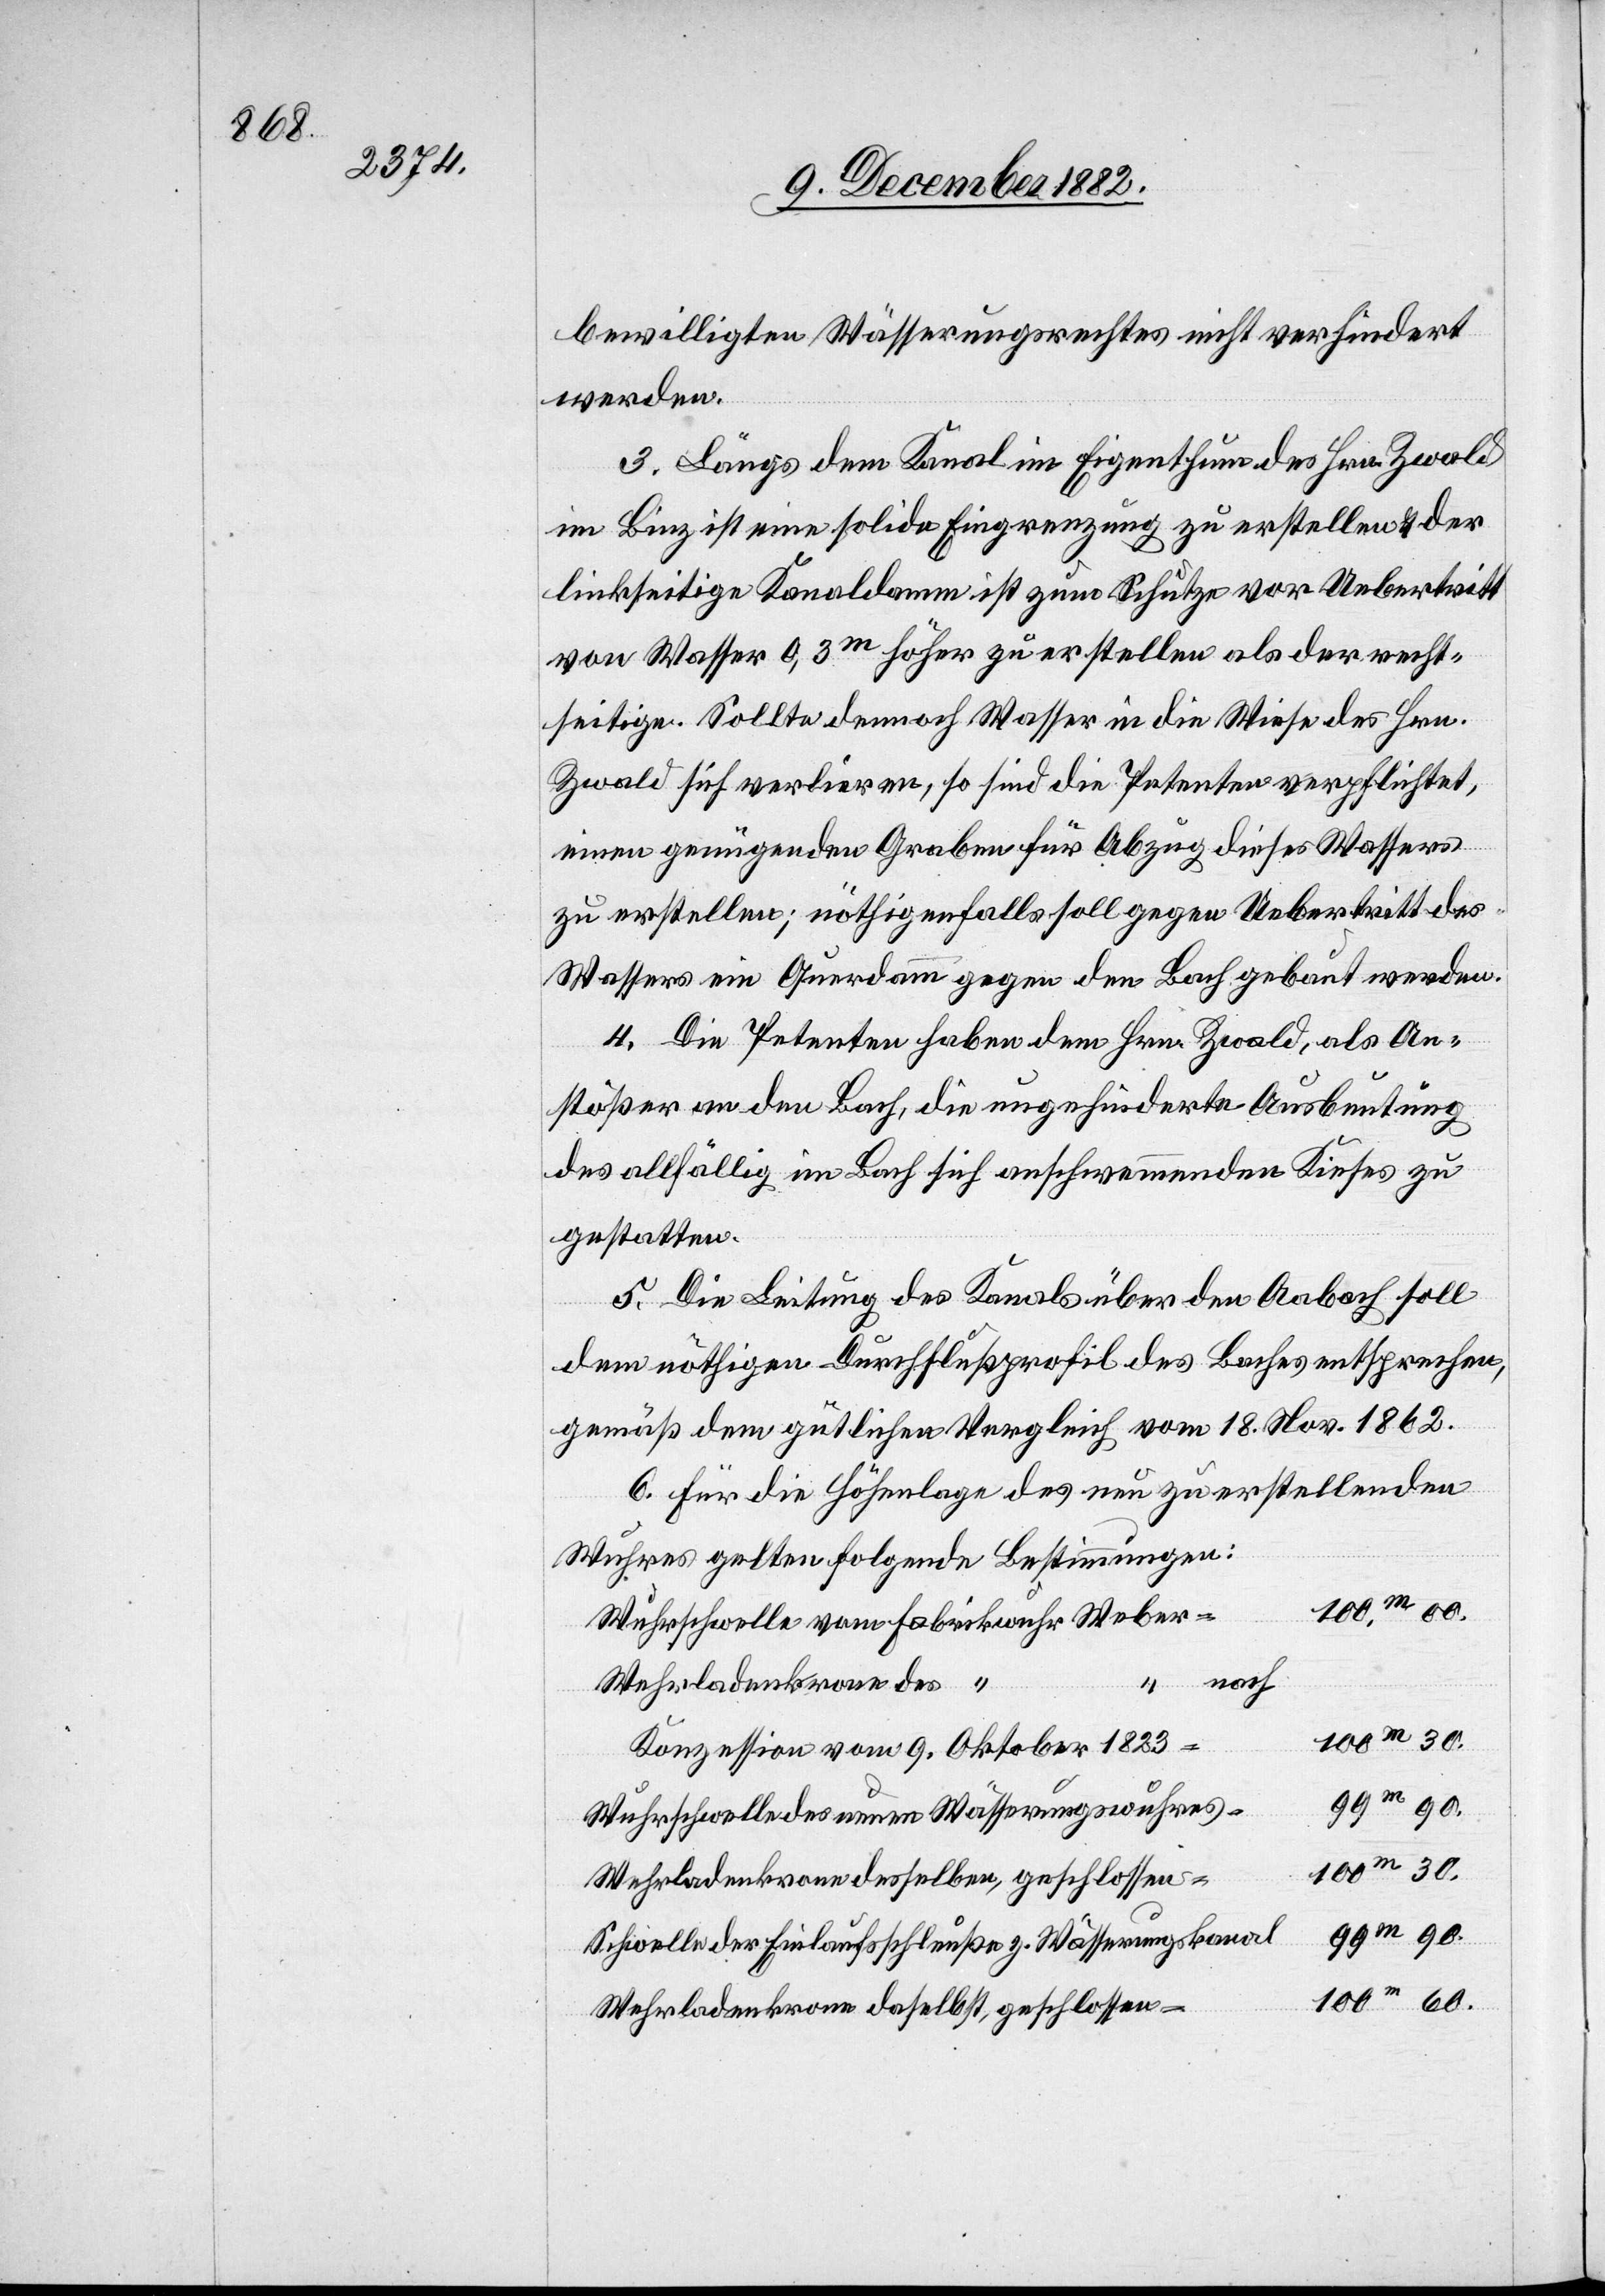
bewilligten Wässerungsrechtes nicht verhindert
werden.
3. Längs dem Kanal im Eigenthum des Hrn. Zwald
im Binz ist eine solide Eingrenzung zu erstellen & der
linkseitige Kanaldamm ist zum Schutze vor Uebertritt
von Wasser 0,3m höher zu erstellen als der recht¬
seitige. Solle dennoch Wasser in die Wiese des Hrn.
Zwald sich verlieren, so sind die Petenten verpflichtet,
einen genügenden Graben für Abzug dieses Wassers
zu erstellen; nöthigenfalls soll gegen Uebertritt des
Wassers ein Querdamm gegen den Bach gebaut werden.
4. Die Petenten haben dem Hrn. Zwald, als An¬
stößer an den Bach, die ungehinderte Ausbeutung
des allfällig im Bach sich aufschwemmenden Kieses zu
gestatten.
5. Die Leitung des Kanals über den Aabach soll
dem nöthigen Durchflußprofil des Baches entspreche,
gemäß dem gütlichen Vergleich vom 18. Nov. 1862.
6. Für die Höhenlage es neu zu erstellenden
Wuhres gelten folgende Bestimmungen:
100m 60.
Wuhrschwelle vom Fabrikwuhr Weber
nach
Wehrladenkrone des “
Konzession vom 9. Oktober 1823
99m 90.
Wuhrschwelle des neuen Wässerungswuhres
100m 30.
Wuhrladenkrone desselben, geschlossen
Schwelle der Einlaufschleuße z. Wässerungskanal
Wehrladenkrone daselbst, geschlossen